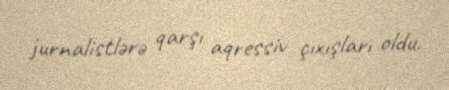
jurnalistlərə qarşı aqressiv çıxışları oldu.